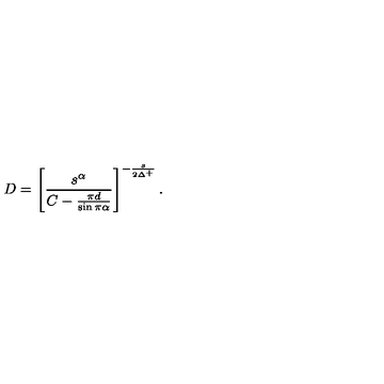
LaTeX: D = \left[ \frac { s ^ { \alpha } } { C - \frac { \pi d } { \sin \pi \alpha } } \right] ^ { - \frac { s } { 2 \Delta ^ { + } } } .